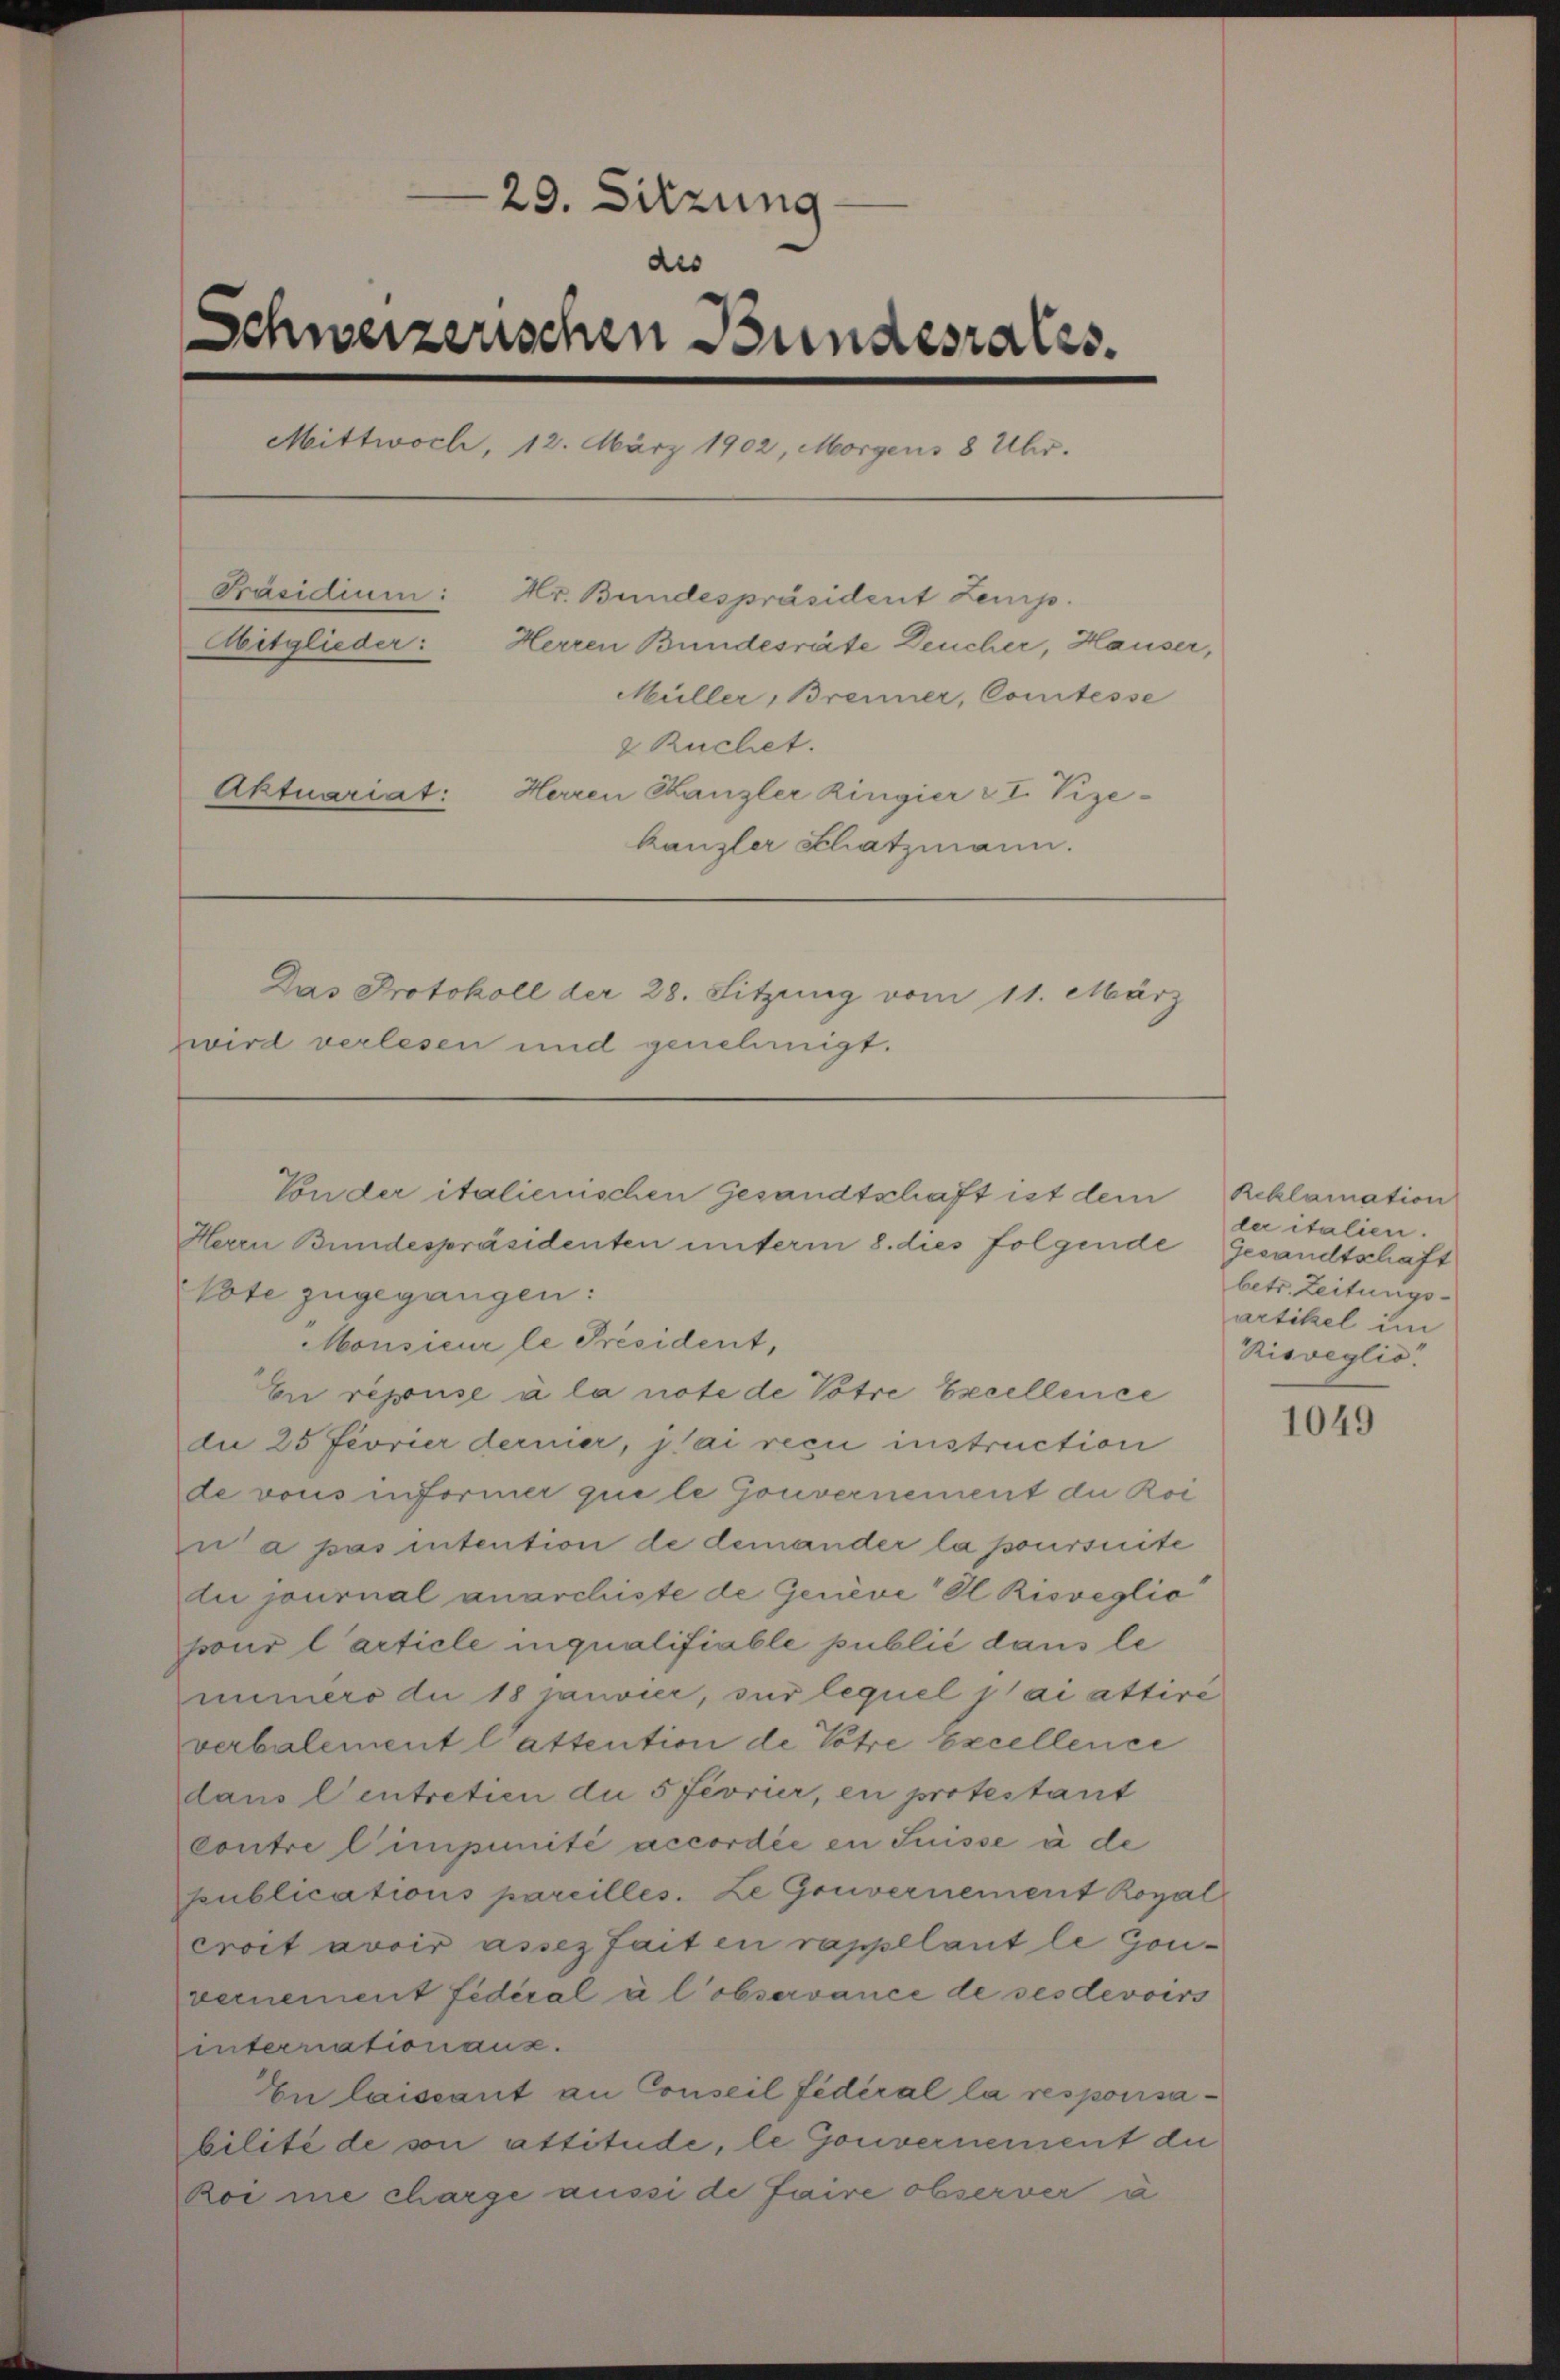
29. Sitzung
des
Schweizerischen Bundesrates.
Mittwoch, 12. März 1902, Morgens 8 Uhr.
Präsidium:
Hr. Bundespräsident Zemp.
Mitglieder:
Herren Bundesräte Deucher, Hauser,
Müller, Brenner, Comtesse
2 Ruchet.
Aktuariat: Herren Kanzler Ringier v I. Vize-
kanzler Schatzmann.
Das Protokoll der 28. Sitzung vom 11. März
zwird verlesen und genehmigt.

Monsieur le Président,
En repuse à la note de Votre Excellence
die 25 Fiorier dernier, jai reci instruction
de vous informer que le Gouvernement die Roi
zn a pas intention de demander la poursuite
lu journal anarchiste de Gerieve Il Rioveglic
pour l’article inqualifiable publié dans le
mimers du 18 janvier, sur lequel jai attire
verbalement l’attention de Pohre Excellence
dans l’entretien die 5 Fevrier, en protestant
contre l’impimité accordée en Suisse à de
publications pareilles. Le Gouvernement Royal
croit avoir assez fait en rappelant le Gouvernement fédéral à l’observance de ses devoirs
internationaus.
En laissant an Conseil fédéral la responsabilité de son attitude, le Gouvernement die
koi ne charge aussi de faire observer à

Von der italienischen Gesandtschaft ist dem
Herrn Bundespräsidenten unterm 8. dies folgende Gesandtschaf
Vote zugegangen:

Reklamation
der italien.
betr. Zeitungs
artikel im
Rioveglic

1049